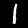
Label: 1